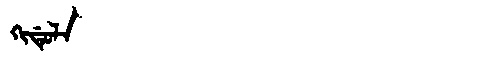
Manchu: ᡴᡳᡩᡠᠯᠠ
Romanization: KIDULA